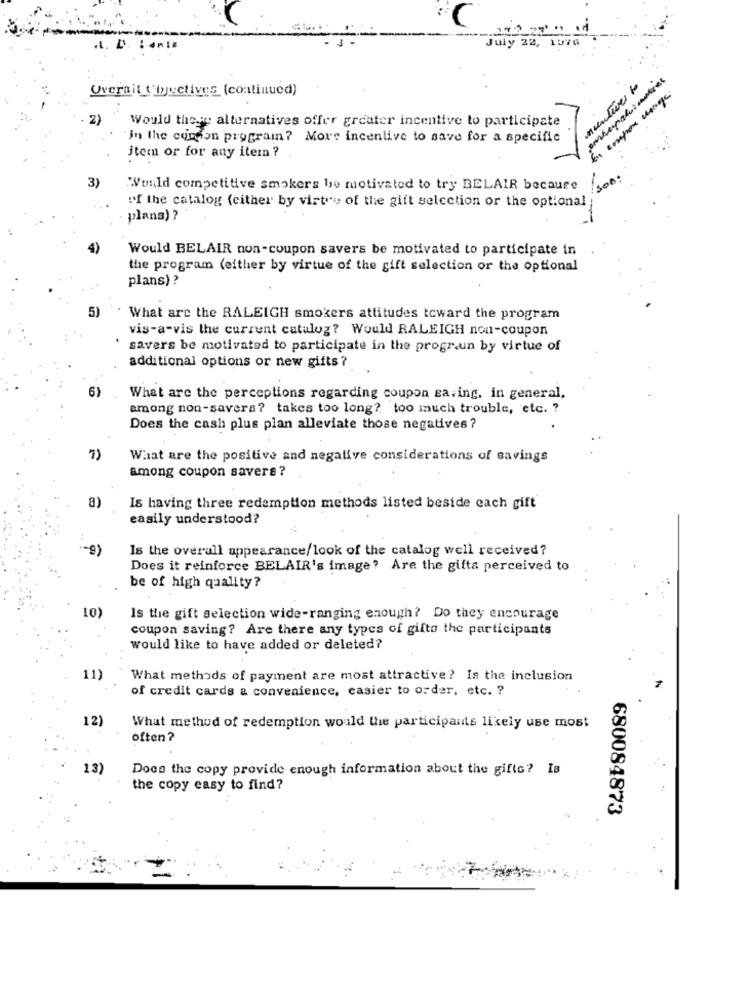
July 22, 1976
.L. D. : 4W
munturi to
Overail ( iyuctives (continued)
En copos usage
2)
Would these alternatives offer greater incentive to participate
in the cupcon program? More incentive to save for a specific
item or for any item ? .
"wild competitive smokers be motivated to try BELAIR because
of the catalog (either by virt'' of the gift selection or the optional
plans) ?
Would BELAIR non-coupon savers be motivated to participate in
the program (either by virtue of the gift selection or the optional
plans) ?
5)
What are the RALEIGH smokers attitudes toward the program
vis-a-vis the current catulog? Would RALEIGH non-coupon
savers be motivated to participate in the progr.un by virtue of
additional options or new gifts ?
6)
What are the perceptions regarding coupon saving. in general,
among non-savers? takes too long? too much trouble, etc. ?
Does the cash plus plan alleviate those negatives ?
7)
What are the positive and negative considerations of savings
among coupon savers ?
a)
Is having three redemption methods listed beside each gift
easily understood?
-9)
Is the overall appearance/look of the catalog well received?
Does it reinforce BELAIR's image? Are the gifts perceived to
be of high quality?
10)
Is the gift selection wide-ranging enough? Do they encourage
coupon saving? Are there any types of gifto the participants
would like to have added or deleted?
11)
What methods of payment are most attractive? Is the inclusion
of credit cards a convenience, casier to order, etc. ?
12)
What method of redemption would the participants likely use most
often?
13)
Docs the copy provide enough information about the gifts? Is
the copy easy to find?
680084873